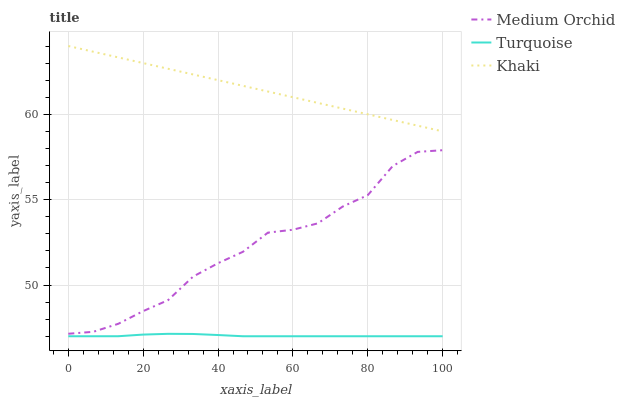
| xaxis_label | Medium Orchid | Turquoise | Khaki |
 | --- | --- | --- | --- |
 | 0 | 47.1 | 47 | 64 |
 | 6.67 | 47.3 | 47 | 63.7 |
 | 13.3 | 47.7 | 47 | 63.3 |
 | 20 | 48.5 | 47.1 | 63 |
 | 26.7 | 49.1 | 47.1 | 62.7 |
 | 33.3 | 50.5 | 47.1 | 62.3 |
 | 40 | 51.3 | 47.1 | 62 |
 | 46.7 | 51.9 | 47 | 61.7 |
 | 53.3 | 53.1 | 47 | 61.3 |
 | 60 | 53.2 | 47 | 61 |
 | 66.7 | 53.6 | 47 | 60.7 |
 | 73.3 | 54.6 | 47 | 60.3 |
 | 80 | 55.3 | 47 | 60 |
 | 86.7 | 57 | 47 | 59.7 |
 | 93.3 | 57.8 | 47 | 59.3 |
 | 100 | 57.9 | 47 | 59 |